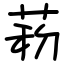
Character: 菞